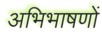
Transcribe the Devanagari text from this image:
अभिभाषणों